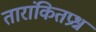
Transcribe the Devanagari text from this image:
तारांकितप्रश्न